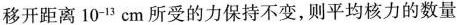
移开距离10^{-13}cm所受的力保持不变，则平均核力的数量